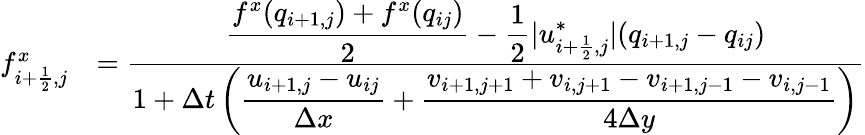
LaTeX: \begin{array}{rl}{f_{i+\frac 12,j}^{x}}&{=\frac{\displaystyle\frac{f^{x}(q_{i+1,j})+f^{x}(q_{ij})}{2}-\frac 12|u_{i+\frac 12,j}^{*}|(q_{i+1,j}-q_{ij})}{\displaystyle 1+\Delta t\left(\frac{u_{i+1,j}-u_{ij}}{\Delta x}+\frac{v_{i+1,j+1}+v_{i,j+1}-v_{i+1,j-1}-v_{i,j-1}}{4\Delta y}\right)}}\end{array}